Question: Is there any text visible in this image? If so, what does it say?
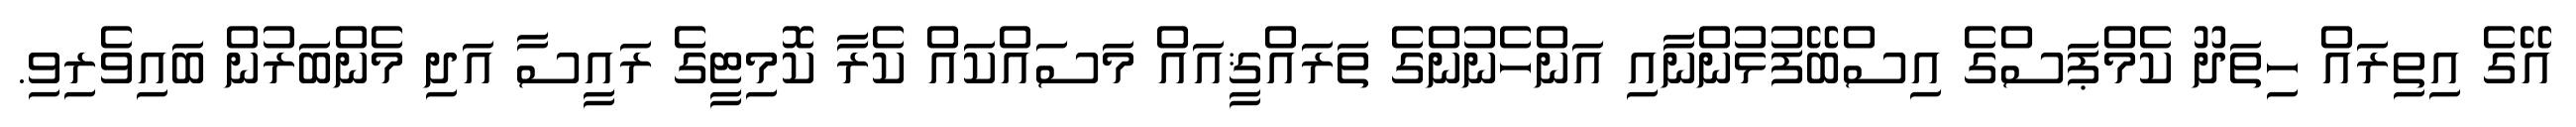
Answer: އޭގެ އިތިރައް ހިތަދޫ ކެމްޕަސްގެ އިސްބޭފުޅުންނާއި އަންހެނުންގެ ތަރައްޤީއައް މަސައްކައް ކެރާ ކޮމިޓީގެ ރައީސާ އަދި މެންބަރުން ބައިވެރިވި.